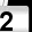
Digit: 2